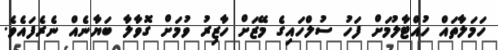
ހަމަލާތައް ހުއްޓާލުމަށް ފަހު ސުލްހައިގެ މޭޒަށް ހާޒިރު ވުމަށް ގޮވާލާ ބަޔާނެއް ނެރެފައެވެ.